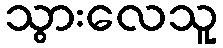
သွားလေသူ